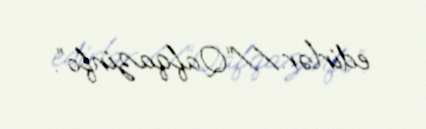
edirlər.//“Qafqazinfo”.